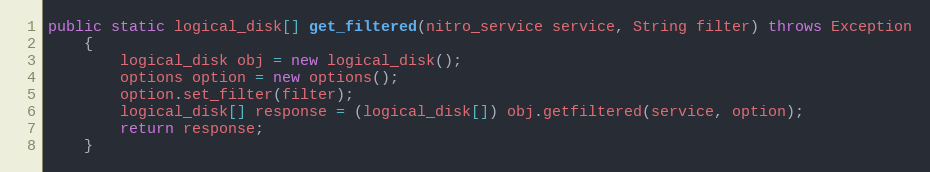
Language: Java
public static logical_disk[] get_filtered(nitro_service service, String filter) throws Exception
	{
		logical_disk obj = new logical_disk();
		options option = new options();
		option.set_filter(filter);
		logical_disk[] response = (logical_disk[]) obj.getfiltered(service, option);
		return response;
	}